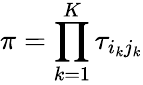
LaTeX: \pi=\prod_{k=1}^{K}\tau_{i_{k}j_{k}}